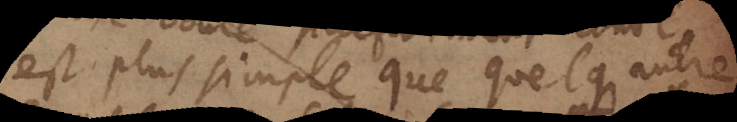
est plus simple que quelque autre